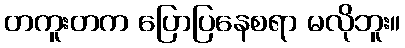
တကူးတက ပြောပြနေစရာ မလိုဘူး။